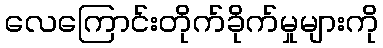
လေကြောင်းတိုက်ခိုက်မှုများကို